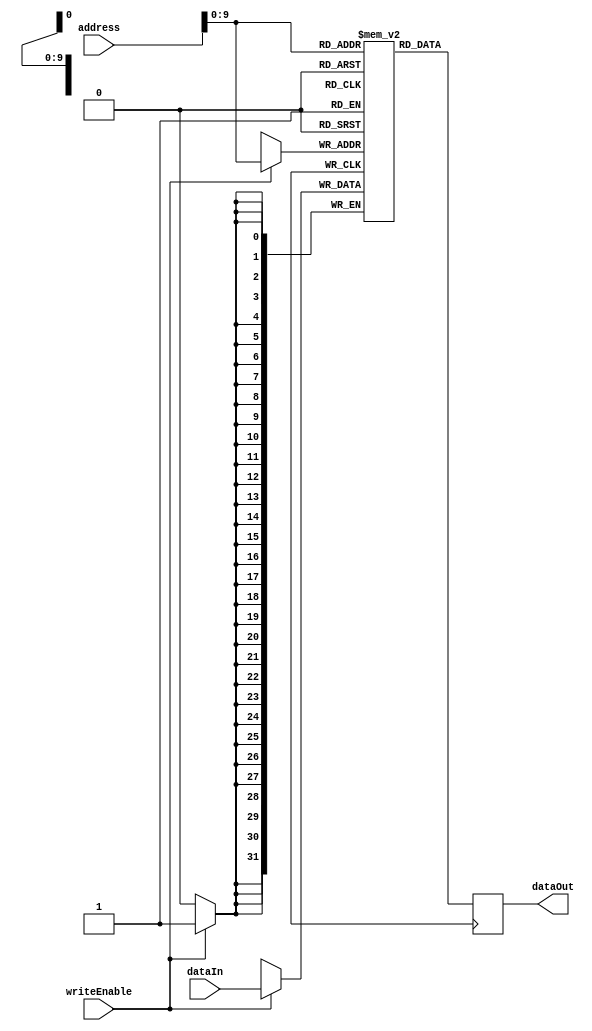
module MemoryBlock(
    input wire [31:0] address,
    input wire [31:0] dataIn,
    input wire writeEnable,
    output reg [31:0] dataOut
);

reg [31:0] mem [1023:0]; // Define memory block with 1024 registers

always @ (posedge clock) begin
    if (writeEnable) begin
        mem[address] <= dataIn; // Write data to memory block at specified address
    end
    dataOut <= mem[address]; // Read data from memory block at specified address
end

endmodule